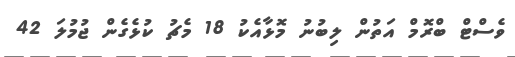
ވެސްޓް ބްރޮމް އަތުން ލިބުނު މޮޅާއެކު 18 މެޗު ކުޅެގެން ޖުމުލަ 42